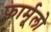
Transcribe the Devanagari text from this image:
फ़ार्मूलो